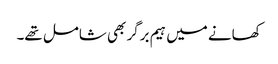
کھانے میں ہیم برگر بھی شامل تھے۔